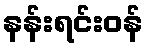
နန်းရင်းဝန်